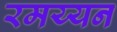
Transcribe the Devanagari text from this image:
रमय्यन